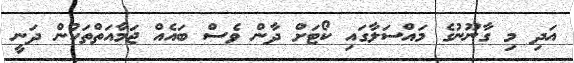
އަދި މި ގާނޫނުގެ މައްސަލާގައި ކޯޓަށް ދާން ވެސް ބައެއް ޖަމާއަތްތަކުން ދަނީ